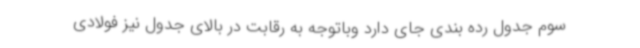
سوم جدول رده بندی جای دارد وباتوجه به رقابت در بالای جدول نیز فولادی